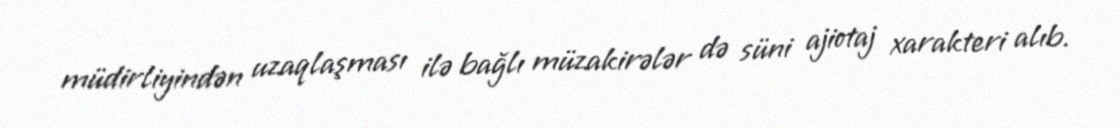
müdirliyindən uzaqlaşması ilə bağlı müzakirələr də süni ajiotaj xarakteri alıb.